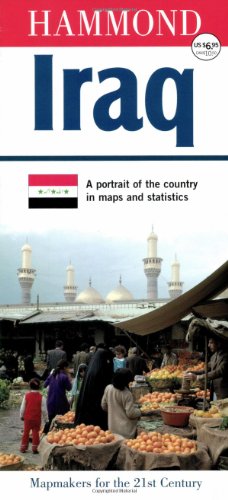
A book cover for Iraq: A Portrait of the Country in Maps and Statistics; Hammond World Atlas Corporation; Travel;